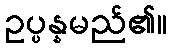
ဥပ္ပန္နမည်၏။